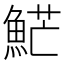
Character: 𩷶